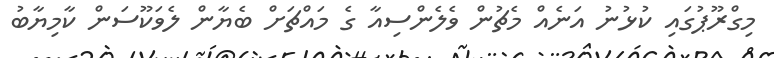
މިގްރޫޕުގައި ކުޅުނު އަނެއް މެޗުން ވެލެންސިއާ ގެ މައްޗަށް ބެޔާން ލެވަކޫސަން ކާމިޔާބު